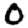
Digit: 0